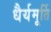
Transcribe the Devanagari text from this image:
धैर्यमूर्ति